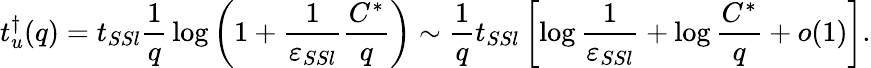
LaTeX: t_{u}^{\dagger}(q)=t_{SSl}\frac{1}{q}\, \log\left(1+\frac{1}{\varepsilon_{SSl}}\frac{C^{*}}{q}\right)\sim\frac 1qt_{SSl}\left[\log\frac{1}{\varepsilon_{SSl}}+\log\frac{C^{*}}{q}+o(1)\right].